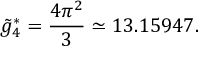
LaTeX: \tilde { g } _ { 4 } ^ { * } = \frac { 4 \pi ^ { 2 } } { 3 } \simeq 1 3 . 1 5 9 4 7 .